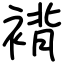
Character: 褙